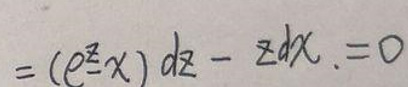
\[
=(e^{z}x)dz - zdx = 0
\]